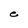
Character: e